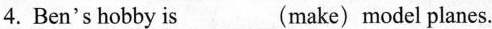
4. Ben'shobby is___(make) model planes.